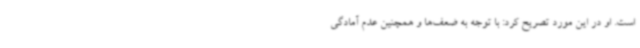
است. او در این مورد تصریح کرد: با توجه به ضعف‌ها و همچنین عدم آمادگی